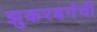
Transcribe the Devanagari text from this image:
झुकरबर्गची